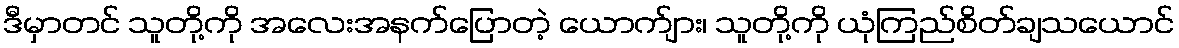
ဒီမှာတင် သူတို့ကို အလေးအနက်ပြောတဲ့ ယောက်ျား၊ သူတို့ကို ယုံကြည်စိတ်ချသယောင်